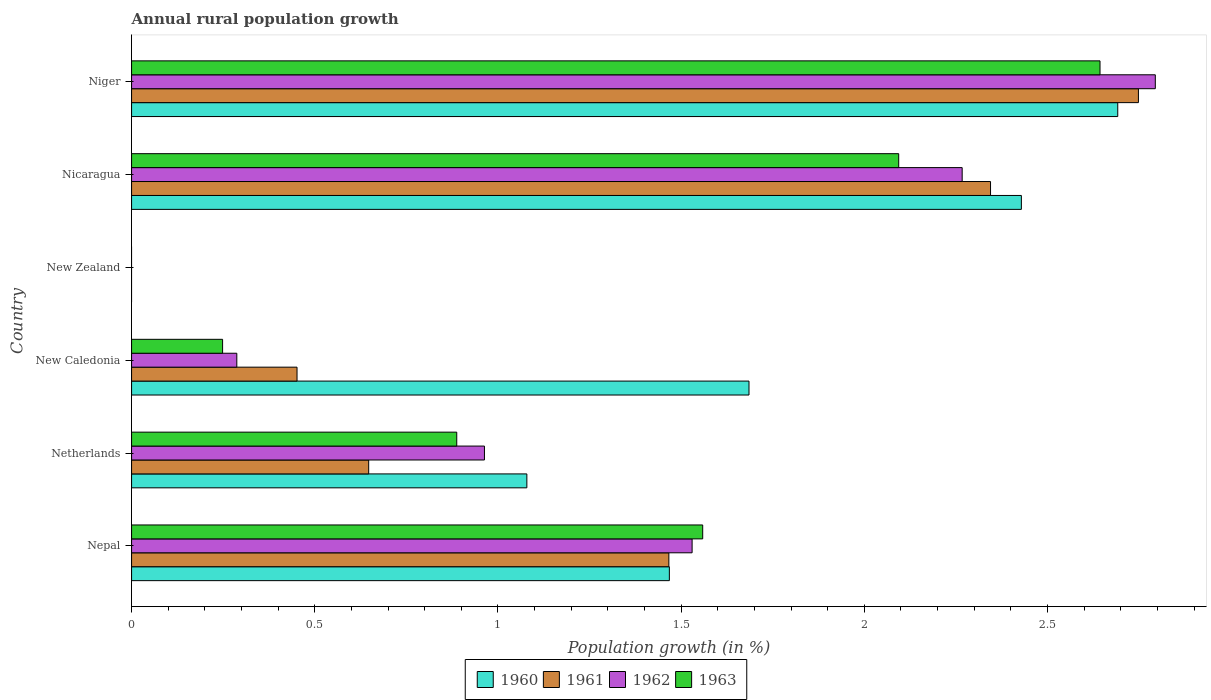
| Country | 1960 | 1961 | 1962 | 1963 |
 | --- | --- | --- | --- | --- |
 | Nepal | 1.47 | 1.47 | 1.53 | 1.56 |
 | Netherlands | 1.08 | 0.647 | 0.963 | 0.888 |
 | New Caledonia | 1.69 | 0.452 | 0.287 | 0.248 |
 | New Zealand | -0.376 | -0.221 | -0.0821 | -0.659 |
 | Nicaragua | 2.43 | 2.34 | 2.27 | 2.09 |
 | Niger | 2.69 | 2.75 | 2.79 | 2.64 |